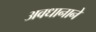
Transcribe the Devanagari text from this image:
अवधानाने